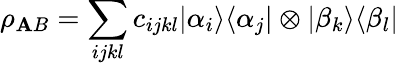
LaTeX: \rho_{\mathbf{A}B}=\sum_{ijkl}c_{ijkl}\vert\alpha_{i}\rangle\langle\alpha_{j}\vert\otimes\vert\beta_{k}\rangle\langle\beta_{l}\vert